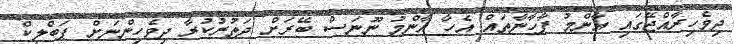
ދިވެހިރާއްޖޭގައި އާންމު ފާހާނާތައް އެހާ އާންމު ނޫނަސް ބޭރަށް ދަތުރުކުރާ ދިވެހިންނަށް ޕަބްލިކް